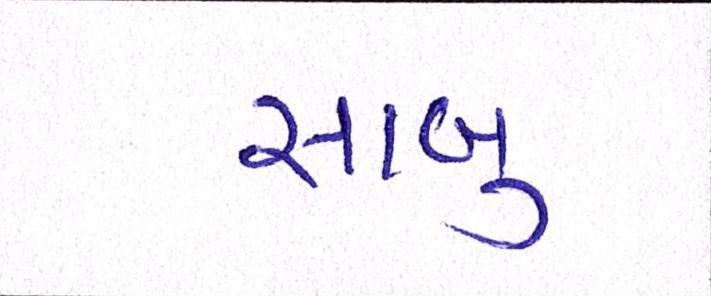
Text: સાબુ